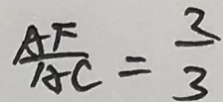
\frac { A F } { A C } = \frac { 3 } { 3 }